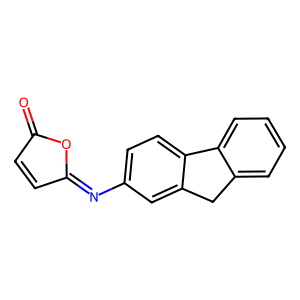
SMILES: O=C1C=CC(=Nc2ccc3c(c2)Cc2ccccc2-3)O1
Inhibits HIV replication: No